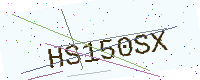
Text: HS150SX